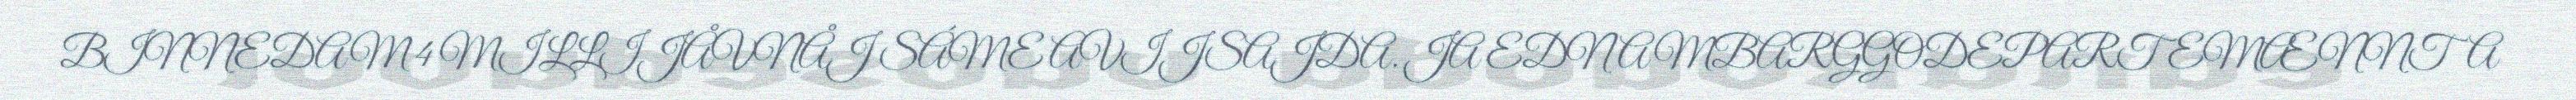
BINNEDAM 4 MILLIJÅVNÅJ SÁME AVIJSAJDA. JA EDNAMBARGGODEPARTEMÆNNTA